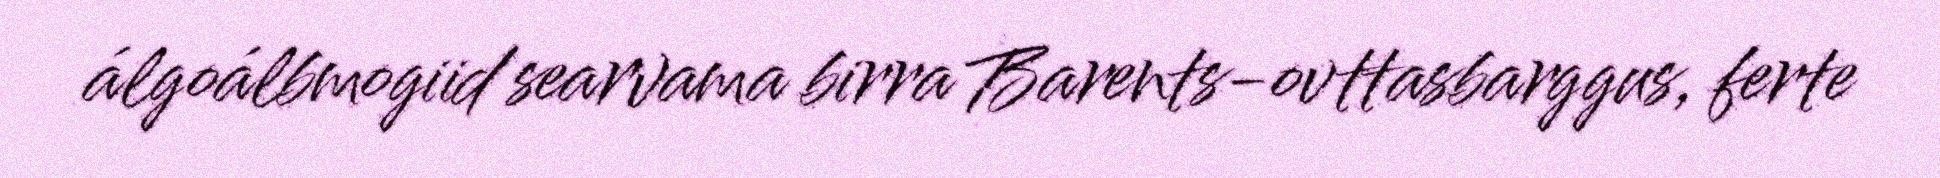
álgoálbmogiid searvama birra Barents-ovttasbarggus, ferte